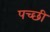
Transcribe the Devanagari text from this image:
पच्‍छी